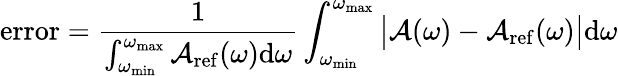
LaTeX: \mathrm{error}=\frac{1}{\int_{\omega_{\mathrm{min}}}^{\omega_{\mathrm{max}}}\mathcal{A}_{\mathrm{ref}}(\omega)\mathrm{d}\omega}\int_{\omega_{\mathrm{min}}}^{\omega_{\mathrm{max}}}\big|\mathcal{A}(\omega)-\mathcal{A}_{\mathrm{ref}}(\omega)\big|\mathrm{d}\omega